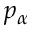
p _ { \alpha }